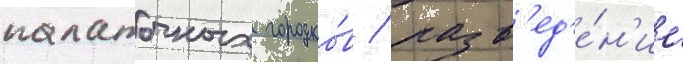
палаточных городко́в / разв'ед'е́н'ие